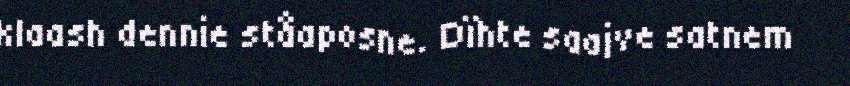
klaash dennie ståaposne. Dïhte saajve satnem